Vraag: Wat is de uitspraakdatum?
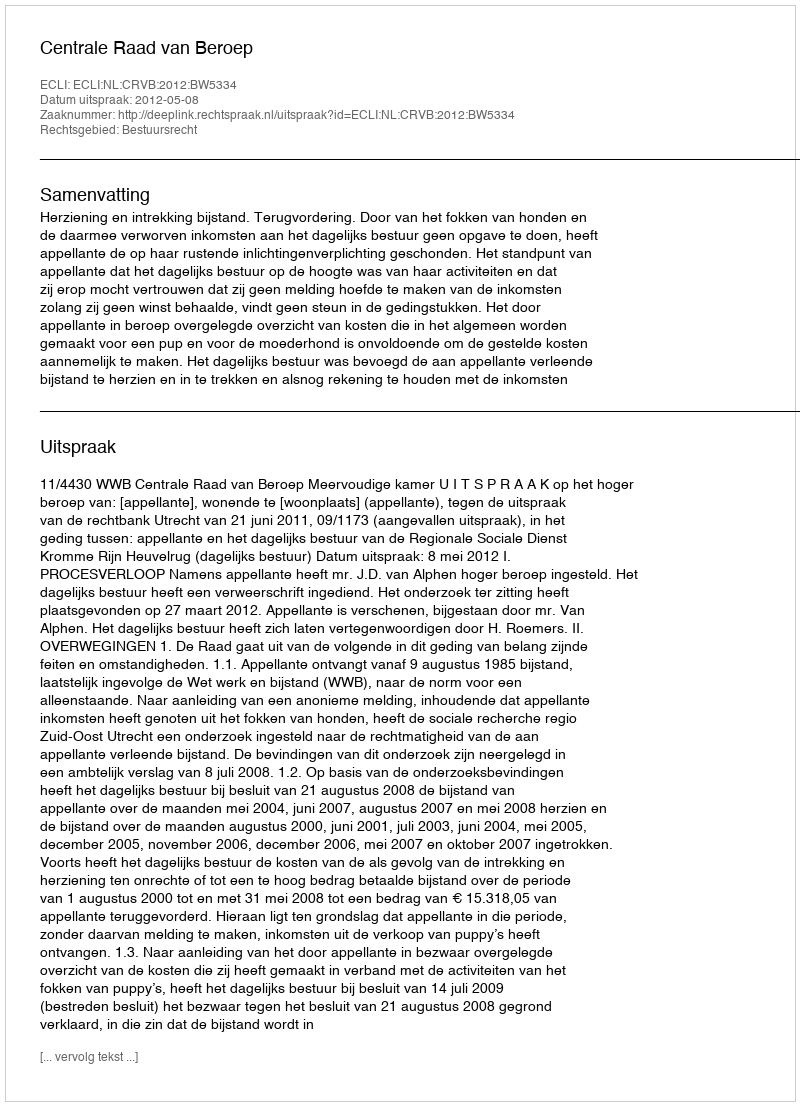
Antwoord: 2012-05-08